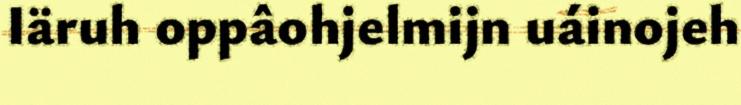
Iäruh oppâohjelmijn uáinojeh